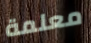
معلمة